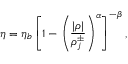
\eta = \eta _ { b } \left[ 1 - \left( \frac { | \rho | } { \rho _ { j } ^ { \pm } } \right) ^ { \alpha } \right] ^ { - \beta } ,